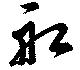
舩